Investigations on Bengal jail dietaries - Number 37
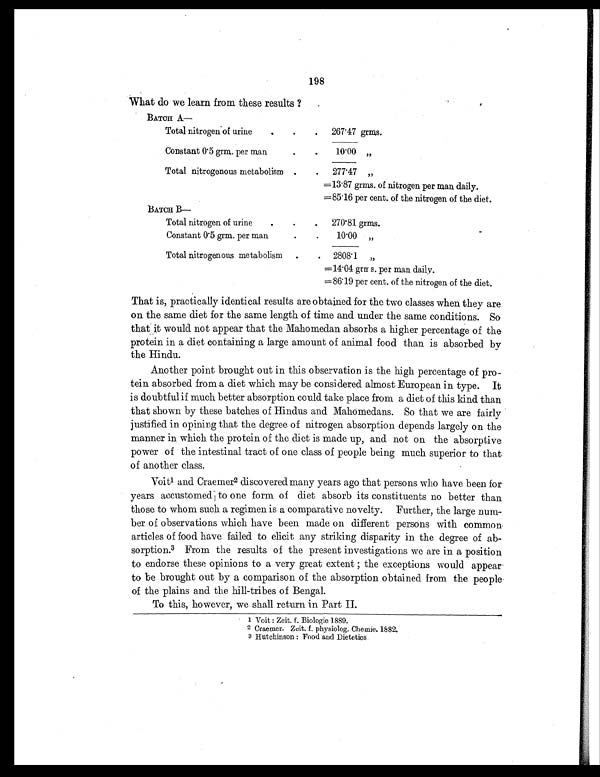
198
What do we learn from these results ?
BATCH A—
Total nitrogen of urine
.
.
.
267.47 grms.
Constant 0.5 grm per man
.
.
10.00 "
Total nitrogenous metabolism .
.
277.47 "
=13.87 grms. of nitrogen per man daily.
=85.16 per cent. of the nitrogen of the diet.
BATCH B—
Total nitrogen of urine .
. .
270.81 grms.
Constant 0.5 grm. per man
.
.
10.00
"
Total nitrogenous metabolism
.
. 2808.1 "
=14.04 grms. per man daily.
=86.19 per cent. of the nitrogen of the diet.
That is, practically identical results are obtained for the two classes when they are
on the same diet for the same length of time and under the same conditions. So
that it would not appear that the Mahomedan absorbs a higher percentage of the
protein in a diet containing a large amount of animal food than is absorbed by
the Hindu.
Another point brought out in this observation is the high percentage of pro-
tein absorbed from a diet which may be considered almost European in type. It
is doubtful if much better absorption could take place from a diet of this kind than
that shown by these batches of Hindus and Mahomedans. So that we are fairly
justified in opining that the degree of nitrogen absorption depends largely on the
manner in which. the protein of the diet is made up, and not on the absorptive
power of the intestinal tract of one class of people being much superior to that
of another class.
Voit1 a n d C r a e m e r
2 d i s c o v e r e d m a n y y e a r s a g o t h a t p e r s o n s w h o h a v e b e e n f o r
years accustomed to one form of diet absorb its constituents no better than
those to whom such a regimen is a comparative novelty. Further, the large num-
ber of observations which have been made on different persons with common.
articles of food have failed to elicit any striking disparity in the degree of ab-
sorption.3 From the results of the present investigations we are in a position
to endorse these opinions to a very great extent the exceptions would appear-
to be brought out by a comparison of the absorption obtained from the people.
of the plains and the hill-tribes of Bengal.
To this, however, we shall return in Part II.
1 Voit : Zeit. f. Biologie 1889.
2 Craemer. Zeit. f. physiolog. Chemie. 1882.
3 Hutchinson : Food and Dietetics.